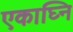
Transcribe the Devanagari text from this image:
एकाघ्नि